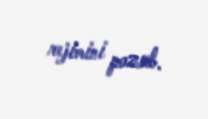
rejimini pozub.